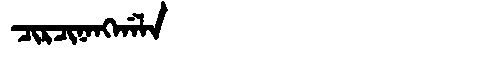
Manchu: ᠴᡳᡵᠴᡳᠨᠠᠩᡤᠠᠯᠠ
Romanization: CIRCINANGGALA